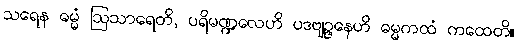
သရေန ဓမ္မံ ဩသာရေတိ, ပရိမဏ္ဍလေဟိ ပဒဗျဉ္ဇနေဟိ ဓမ္မကထံ ကထေတိ။